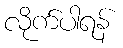
လိုက်ပါရန်